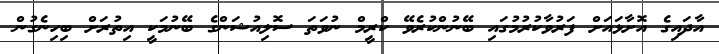
އާދައިގެ އޮށާޅައަށް ފަރުވާކުރުމުގައި ބޭނުންކުރެވޭ ކްރީމް ނުވަތަ ސޮލިއުޝަންގެ ބޭނުމަކީ އިތުރަށް ބިހިނެގުން